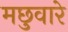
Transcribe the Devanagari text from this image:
मछुवारे